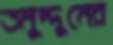
তমুদ্দুনের